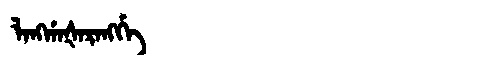
Manchu: ᠯᠠᠩᡤᠠᡧᠠᡵᠠᠩᡤᡝ
Romanization: LANGGAŠARANGGE